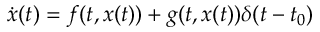
\dot { x } ( t ) = f ( t , x ( t ) ) + g ( t , x ( t ) ) \delta ( t - t _ { 0 } )